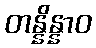
တန္နိန္နာဝ